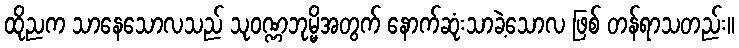
ထိုညက သာနေသောလသည် သုဝဏ္ဏဘုမ္မိအတွက် နောက်ဆုံးသာခဲ့သောလ ဖြစ် တန်ရာသတည်း။